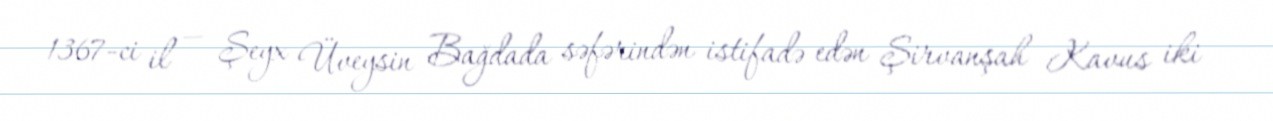
1367-ci il — Şeyx Üveysin Bağdada səfərindən istifadə edən Şirvanşah Kavus iki